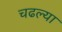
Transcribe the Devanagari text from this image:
चढल्या